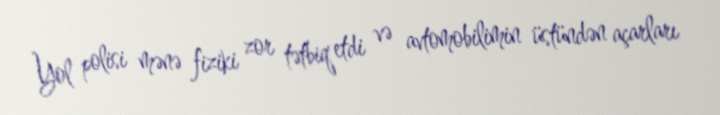
Yol polisi mənə fiziki zor tətbiq etdi və avtomobilimin üstündən açarları